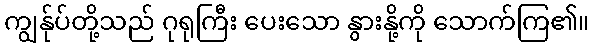
ကျွန်ုပ်တို့သည် ဂုရုကြီး ပေးသော နွားနို့ကို သောက်ကြ၏။